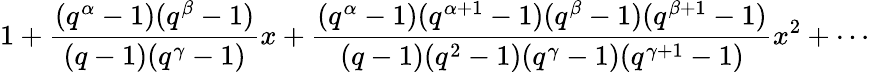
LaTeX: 1+{\frac{(q^{\alpha}-1)(q^{\beta}-1)}{(q-1)(q^{\gamma}-1)}}x+{\frac{(q^{\alpha}-1)(q^{\alpha+1}-1)(q^{\beta}-1)(q^{\beta+1}-1)}{(q-1)(q^{2}-1)(q^{\gamma}-1)(q^{\gamma+1}-1)}}x^{2}+\cdots